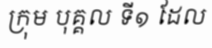
ក្រុម បុគ្គល ទី១ ដែល